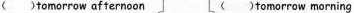
（ ）tomorrow afterncon ( ）tomorrow morning